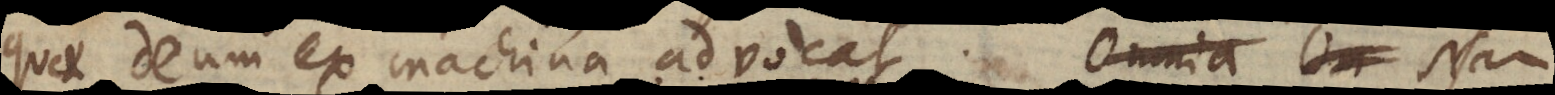
quae Deum ex machina advocat. N